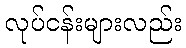
လုပ်ငန်းများလည်း